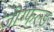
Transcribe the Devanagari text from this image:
जीग्फेल्ड